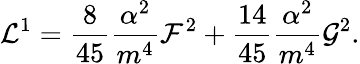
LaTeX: {\cal L}^{1}=\frac{8}{45}\frac{\alpha^{2}}{m^{4}}{\cal F}^{2}+\frac{14}{45}\frac{\alpha^{2}}{m^{4}}{\cal G}^{2}.